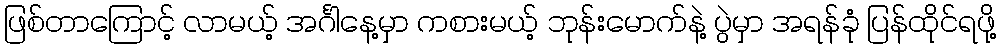
ဖြစ်တာကြောင့် လာမယ့် အင်္ဂါနေ့မှာ ကစားမယ့် ဘုန်းမောက်နဲ့ ပွဲမှာ အရန်ခုံ ပြန်ထိုင်ရဖို့